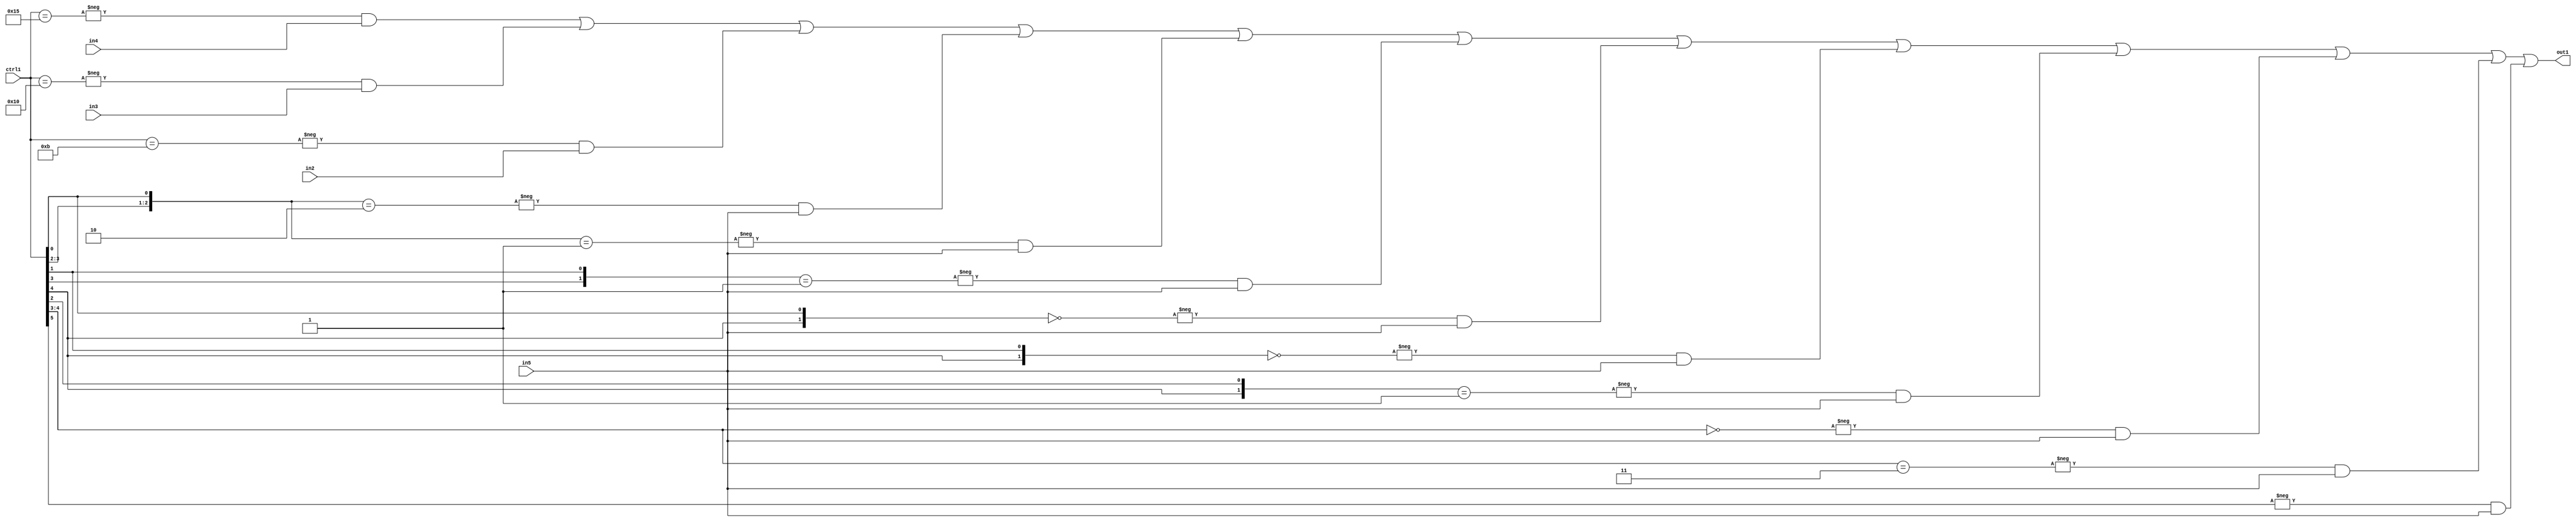
`timescale 1ps / 1ps
/*****************************************************************************
    Verilog RTL Description
    
    
    Created by: Stratus DpOpt 21.05.01 
*******************************************************************************/

module SobelFilter_N_Mux_32_4_54_1 (
	in5,
	in4,
	in3,
	in2,
	ctrl1,
	out1
	); /* architecture "behavioural" */ 
input [31:0] in5;
input [8:0] in4,
	in3,
	in2;
input [5:0] ctrl1;
output [31:0] out1;
wire [31:0] asc001;

assign asc001 = 
	-{ctrl1 == 6'B010101} & in4 |
	-{ctrl1 == 6'B010000} & in3 |
	-{ctrl1 == 6'B001011} & in2 |
	-{{ctrl1[3:2], ctrl1[0]} == 3'B010} & in5 |
	-{{ctrl1[3:2], ctrl1[0]} == 3'B001} & in5 |
	-{{ctrl1[3], ctrl1[1]} == 2'B01} & in5 |
	-{{ctrl1[4], ctrl1[0]} == 2'B00} & in5 |
	-{{ctrl1[4], ctrl1[1]} == 2'B00} & in5 |
	-{{ctrl1[4], ctrl1[2]} == 2'B01} & in5 |
	-{ctrl1[4:3] == 2'B00} & in5 |
	-{ctrl1[4:3] == 2'B11} & in5 |
	-{ctrl1[5] == 1'B1} & in5 ;

assign out1 = asc001;
endmodule

/* CADENCE  vbj4Sw0= : u9/ySxbfrwZIxEzHVQQV8Q== ** DO NOT EDIT THIS LINE ******/